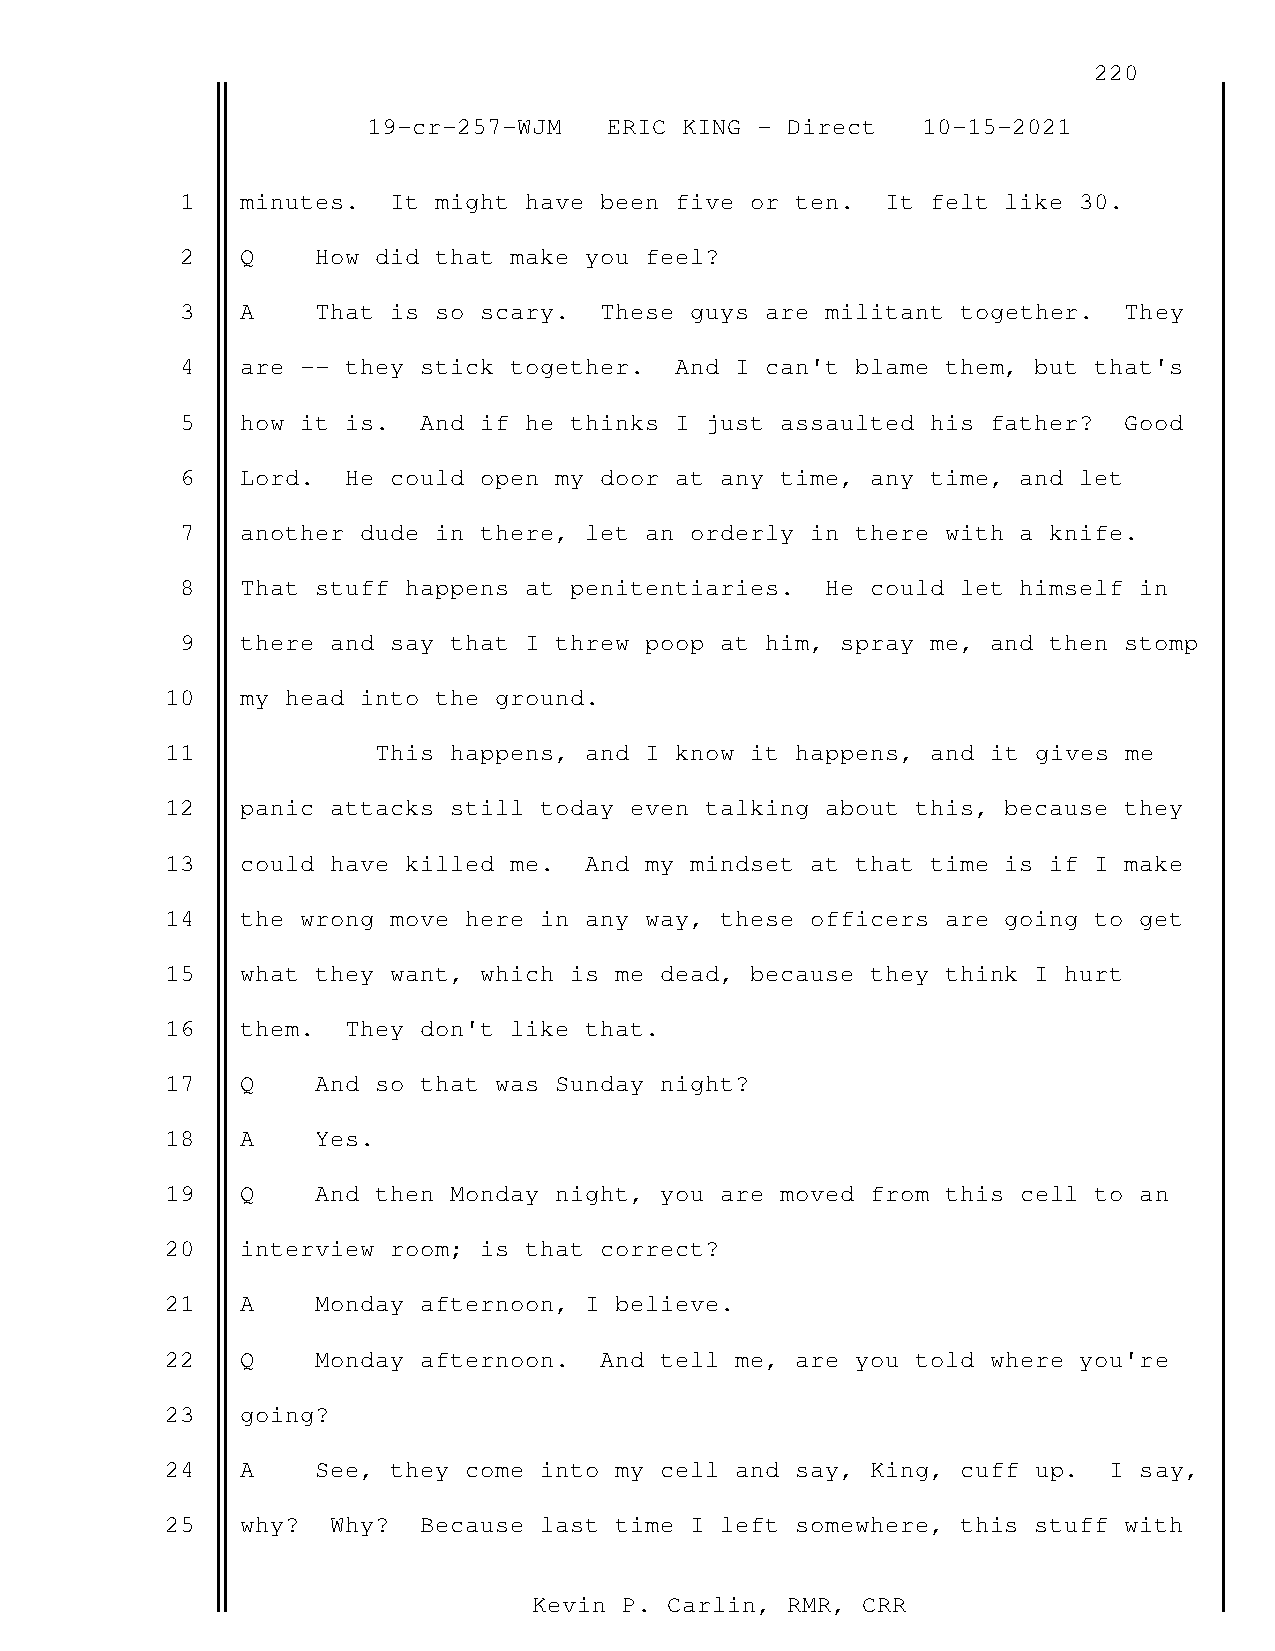
220
 19-cr-257-WJM   ERIC KING - Direct   10-15-2021
 1   minutes.  It might have been five or ten.  It felt like 30.
 2   Q    How did that make you feel?
 3   A    That is so scary.  These guys are militant together. They
 4   are -- they stick together.  And I can't blame them, but that's
 5   how it is.  And if he thinks I just assaulted his father? Good
 6   Lord.  He could open my door at any time, any time, and let
 7   another dude in there, let an orderly in there with a knife.
 8   That stuff happens at penitentiaries.  He could let himself in
 9   there and say that I threw poop at him, spray me, and then stomp
 10   my head into the ground.
 11            This happens, and I know it happens, and it gives me
 12   panic attacks still today even talking about this, because they
 13   could have killed me.  And my mindset at that time is if I make
 14   the wrong move here in any way, these officers are going to get
 15   what they want, which is me dead, because they think I hurt
 16   them.  They don't like that.
 17   Q    And so that was Sunday night?
 18   A    Yes.
 19   Q    And then Monday night, you are moved from this cell to an
 20   interview room; is that correct?
 21   A    Monday afternoon, I believe.
 22   Q    Monday afternoon.  And tell me, are you told where you're
 23   going?
 24   A    See, they come into my cell and say, King, cuff up. I say,
 25   why?  Why?  Because last time I left somewhere, this stuff with
 Kevin P. Carlin, RMR, CRR